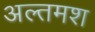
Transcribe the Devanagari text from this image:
अल्‍तमश